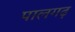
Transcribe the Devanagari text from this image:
पालगढ़